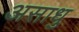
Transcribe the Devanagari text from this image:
असाधु